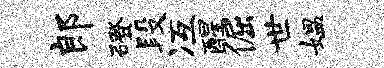
郎磴段冱醒倔世媪